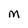
Character: M